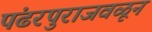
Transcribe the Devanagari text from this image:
पंढरपुराजवळून